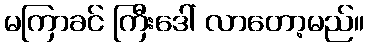
မကြာခင် ကြီးဒေါ် လာတော့မည်။